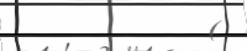
٢١         (